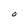
Character: O